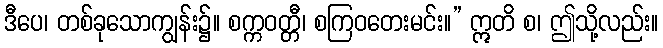
ဒီပေ၊ တစ်ခုသောကျွန်း၌။ စက္ကဝတ္တီ၊ စကြဝတေးမင်း။” ဣတိ စ၊ ဤသို့လည်း။